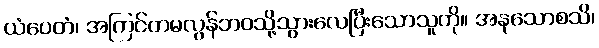
ယံပေတံ၊ အကြင်တမလွန်ဘဝသို့သွားလေပြီးသောသူကို။ အနုသောစသိ၊